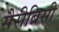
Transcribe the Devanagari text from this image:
सैरीबिसी